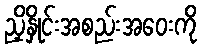
ညှိနှိုင်းအစည်းအဝေးကို